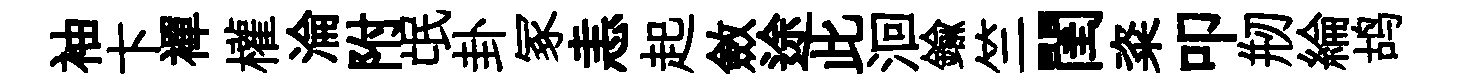
袖卞襌權淪附氓卦冢恚起斂途此洄鍮竺閨粢叩剏綸鸪